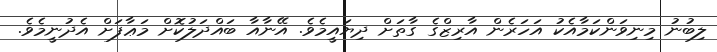
ލިބުނު މިނިވަންކަމާއެކު އަހަރެން އާރިޒްގެ ގާތަށް ދިޔައީމެވެ. އޭނާއާ ބައްދަލުކޮށް މަޢާފަށް އެދުނީމެވެ.